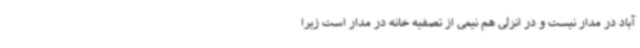
آباد در مدار نیست و در انزلی هم نیمی از تصفیه خانه در مدار است زیرا